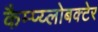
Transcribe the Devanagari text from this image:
कैम्प्य्लोबक्टेर